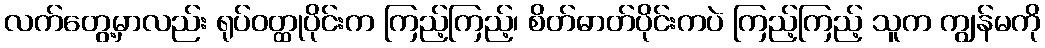
လက်တွေ့မှာလည်း ရုပ်ဝတ္ထုပိုင်းက ကြည့်ကြည့်၊ စိတ်ဓာတ်ပိုင်းကပဲ ကြည့်ကြည့် သူက ကျွန်မကို